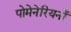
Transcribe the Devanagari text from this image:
पोमेनेरियनों